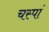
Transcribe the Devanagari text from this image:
चस्पां